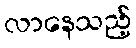
လာနေသည့်